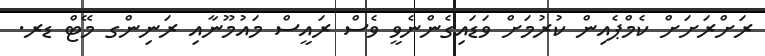
ރަށްރަށަށް ކެމްޕެއިން ކުރުމަށް ވަޑައިގެންނެވީ ވެސް ރައީސް މައުމޫނާއި ރަނިންގ މޭޓް ޑރ.